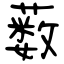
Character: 薮